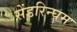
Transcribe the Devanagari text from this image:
सेंडरिन्घम